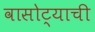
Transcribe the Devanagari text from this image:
वासोट्याची